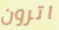
اترون